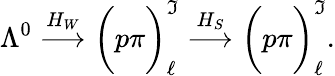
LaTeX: \Lambda^{0}\stackrel{H_{W}}{\longrightarrow}\bigg(p\pi\bigg)_{\ell}^{\mathfrak{I}}\stackrel{H_{S}}{\longrightarrow}\bigg(p\pi\bigg)_{\ell}^{\mathfrak{I}}.